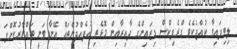
ލިބިފައިވާ ކުއްޖެކެވެ ގްރެފިކްސް ޑިޒައިންގެ ދާއިރާއިން މޮޅެތި އުފެއްދުންތައް އޭނާ ވަނީ ތައްޔާރުކޮށްފަ